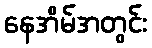
နေအိမ်အတွင်း